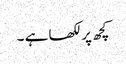
کچھ پر لکھا ہے ۔